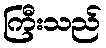
ကြီးသည်